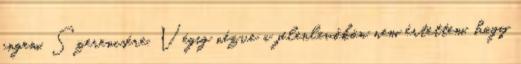
engem. Szerencsére. Végig nézve a jelenlevőkön nem értettem, hogy